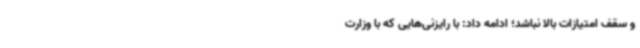
و سقف امتیازات بالا نباشد؛ ادامه داد: با رایزنی‌هایی که با وزارت